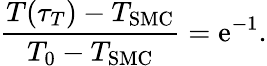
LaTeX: \frac{T(\tau_{T})-T_{\mathrm{SMC}}}{T_{0}-T_{\mathrm{SMC}}}=\mathrm{e}^{-1}.